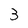
Character: 3